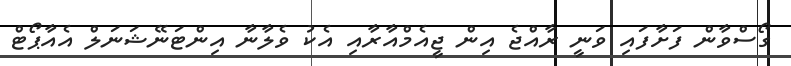
ގޯސްވާން ފަށާފައި ވަނީ ރާއްޖެ އިން ޖީއެމްއާރާއި އެކު ވެލާނާ އިންޓަނޭޝަނަލް އެއާޕޯޓް